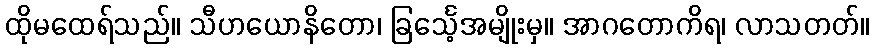
ထိုမထေရ်သည်။ သီဟယောနိတော၊ ခြင်္သေ့အမျိုးမှ။ အာဂတောကိရ၊ လာသတတ်။